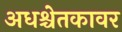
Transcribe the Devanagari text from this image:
अधश्चेतकावर